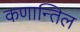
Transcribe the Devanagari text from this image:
कणान्तिल